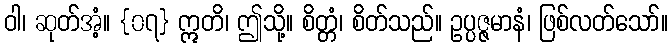
ဝါ၊ ဆုတ်အံ့။ {၀၇} ဣတိ၊ ဤသို့။ စိတ္တံ၊ စိတ်သည်။ ဥပ္ပဇ္ဇမာနံ၊ ဖြစ်လတ်သော်။